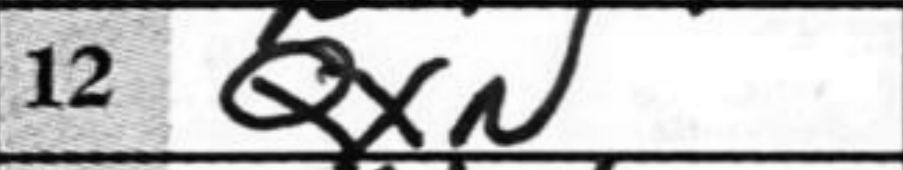
Transcription: QxN